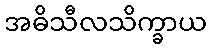
အဓိသီလသိက္ခာယ